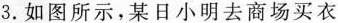
3.如图所示，某日小明去商场买衣